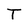
Character: T